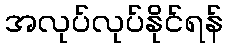
အလုပ်လုပ်နိုင်ရန်